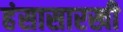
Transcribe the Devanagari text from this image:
हंसासारखी